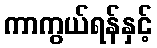
ကာကွယ်ရန်နှင့်